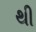
થી